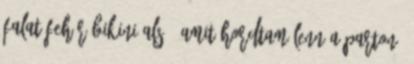
falat fehér bikini alsó, amit hordtam lenn a parton,